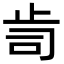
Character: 𭭟